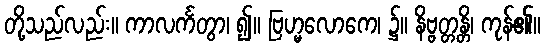
တို့သည်လည်း။ ကာလင်္ကတွာ၊ ၍။ ဗြဟ္မလောကေ၊ ၌။ နိဗ္ဗတ္တန္တိ၊ ကုန်၏။